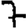
Digit: 7